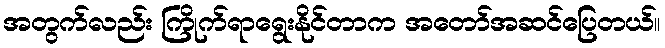
အတွက်လည်း ကြိုက်ရာရွေးနိုင်တာက အတော်အဆင်ပြေတယ်။